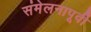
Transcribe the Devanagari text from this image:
संमेलनापूर्वी